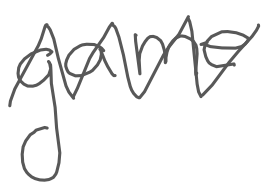
Text: game
Cross-out: zig-zag
Writing tool: digital_gray